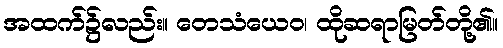
အထက်၌လည်း။ တေသံယေဝ၊ ထိုဆရာမြတ်တို့၏။